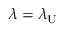
\lambda = \lambda _ { \mathrm { U } }